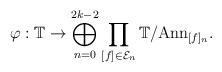
LaTeX: \begin{align*} \varphi: \mathbb{T}\to \bigoplus_{n=0}^{2k-2}\prod_{[f]\in \mathcal{E}_n} \mathbb{T} \slash\mathrm{Ann}_{[f]_n}. \end{align*}